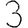
Digit: 3